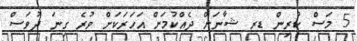
5 މަސް ކުރިން ޑރ ޝާނަށް ދެއްކުމަށް އަހަރަކަށް ވުރެ ގިނަ ދުވަސް